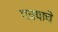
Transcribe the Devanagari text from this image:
पत्रयाचे